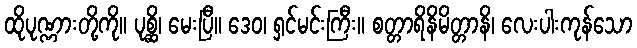
ထိုပုဏ္ဏားတို့ကို။ ပုစ္ဆိ၊ မေးပြီ။ ဒေဝ၊ ရှင်မင်းကြီး။ စတ္တာရိနိမိတ္တာနိ၊ လေးပါးကုန်သော